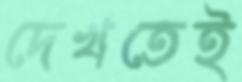
দেখতেই